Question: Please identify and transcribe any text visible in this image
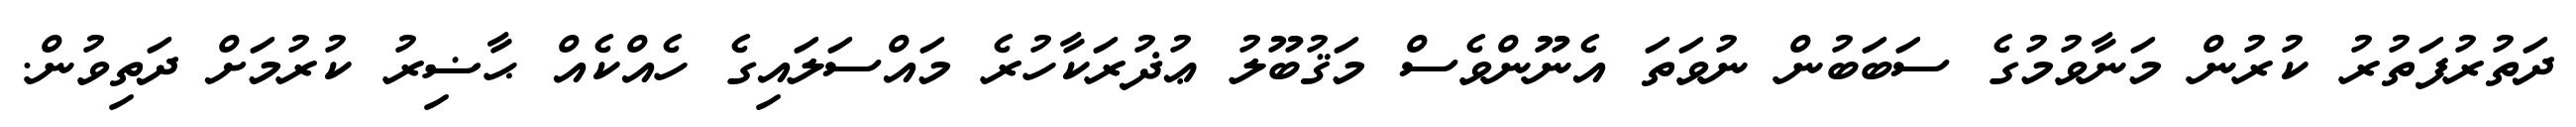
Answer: ދަތުރުފަތުރު ކުރުން މަނާވުމުގެ ސަބަބުން ނުވަތަ އެނޫންވެސް މަޤުބޫލު ޢުޛުރަކާހުރެ މައްސަލައިގެ ހެއްކެއް ޙާޟިރު ކުރުމަށް ދަތިވުން.